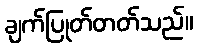
ချက်ပြုတ်တတ်သည်။